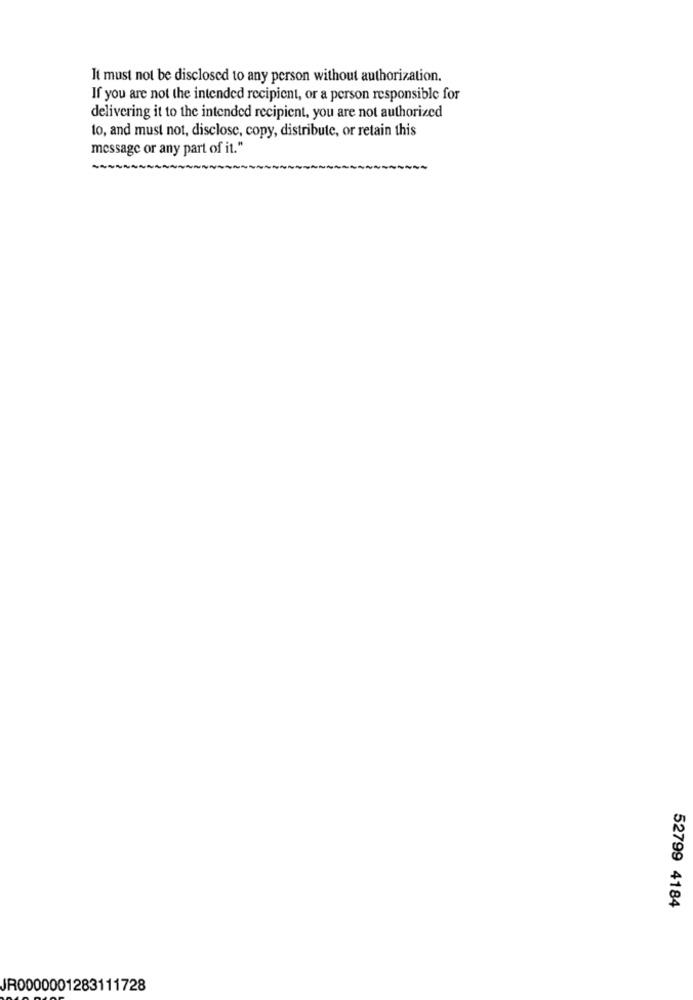
It must not be disclosed to any person without authorization.
If you are not the intended recipient, or a person responsible for
delivering it to the intended recipient, you are not authorized
to, and must not, disclose, copy, distribute, or retain this
message or any part of it."
52799 4184
JR0000001283111728